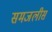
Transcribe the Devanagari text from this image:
समजलीस